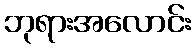
ဘုရားအလောင်း